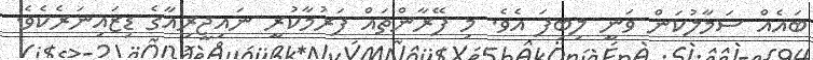
ބައެއް ސަމާލުކަން ވަނީ ލިބިފަ އެވެ. މި ފޭރާންތައް ފަރުމާކުރީ ނައިޖީރިއާގެ ޑިޒައިނަރެކެވެ.